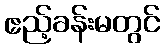
ဧည့်ခန်းမတွင်